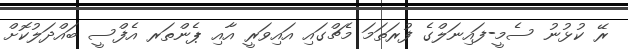
ރޭ ކުޅުނު ސެމީ-ފައިނަލްގެ ފުރަތަމަ މެޗްގައި އައިވަރީ އާއި ޕެންތަރ އެފްސީ ބައްދަލުކޮށް